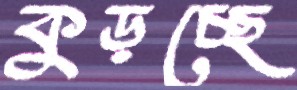
কুড়চ্ছে